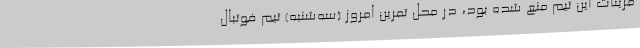
مرینات این تیم منع شده بود، در محل تمرین امروز (سه‌شنبه) تیم فوتبال